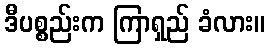
ဒီပစ္စည်းက ကြာရှည် ခံလား။